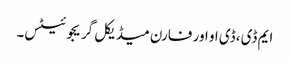
ایم ڈی، ڈی او اور فارن میڈیکل گریجوئیٹس۔